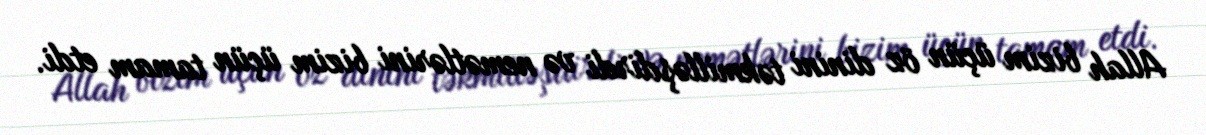
Allah bizim üçün öz dinini təkmilləşdirdi və nemətlərini bizim üçün tamam etdi.